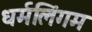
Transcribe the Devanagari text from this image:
धर्मलिंगम